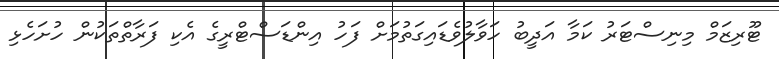
ޓޫރިޒަމް މިނިސްޓަރު ކަމާ އަދީބު ހަވާލުވެޑައިގަތުމަށް ފަހު އިންޑަސްޓްރީގެ އެކި ފަރާތްތަކުން ހުށަހެޅި